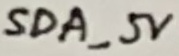
Text: SDA_5V